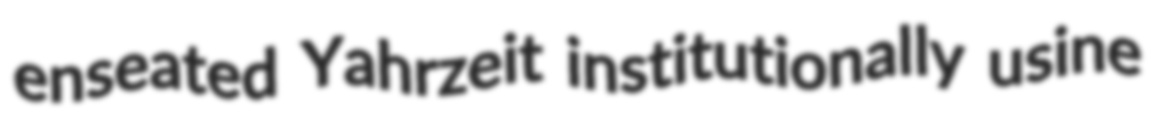
enseated Yahrzeit institutionally usine